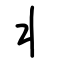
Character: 丬